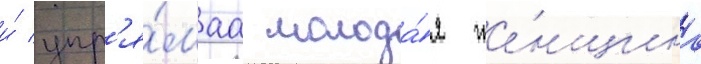
и́ упр'я́маа молода́я же́нщина